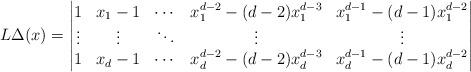
LaTeX: \begin{align*}L\Delta(x) = \begin{vmatrix} 1 & x_1-1 & \cdots & x_1^{d-2}-(d-2)x_1^{d-3} & x_1^{d-1}-(d-1)x_1^{d-2} \\\vdots & \vdots & \ddots & \vdots & \vdots \\ 1 & x_d-1 & \cdots & x_{d}^{d-2} -(d-2)x_{d}^{d-3} & x_d^{d-1}-(d-1)x_d^{d-2}\end{vmatrix}\end{align*}